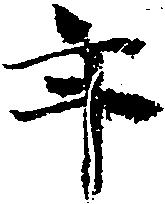
年